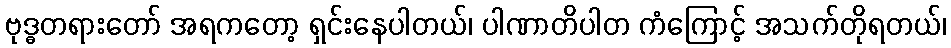
ဗုဒ္ဓတရားတော် အရကတော့ ရှင်းနေပါတယ်၊ ပါဏာတိပါတ ကံကြောင့် အသက်တိုရတယ်၊